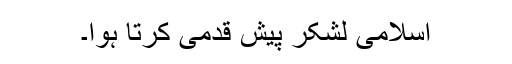
اسلامی لشکر پیش قدمی کرتا ہوا۔